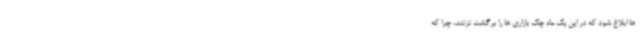
ها ابلاغ شود که در این یک ماه چک بازاری ها را برگشت نزنند، چرا که